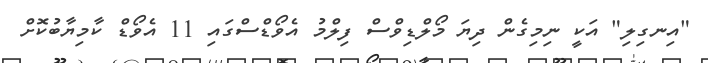
"އިނގިލި" އަކީ ނިމިގެން ދިޔަ މޯލްޑިވްސް ފިލްމު އެވޯޑްސްގައި 11 އެވޯޑް ކާމިޔާބުކޮށް